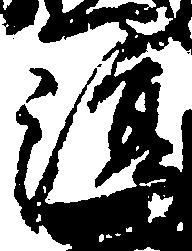
淳